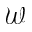
\mathcal { W }